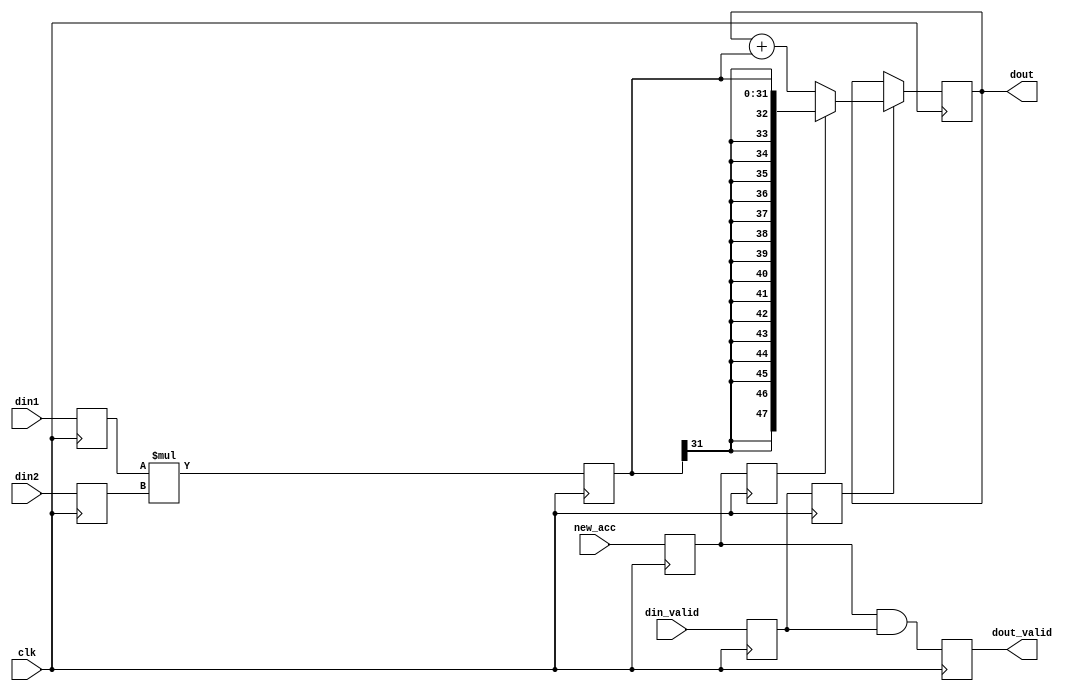
`default_nettype none

/*  25x18 two comp multiplier, could be 48 bit accumulator  

*/


module dsp48_macc #(
    parameter DIN1_WIDTH = 16,
    parameter DIN2_WIDTH = 16,
    parameter DOUT_WIDTH = 48
)(
    input wire clk,
    input wire new_acc,

    input wire signed [DIN1_WIDTH-1:0] din1,
    input wire signed [DIN2_WIDTH-1:0] din2,
    input wire din_valid,

    output wire signed [DOUT_WIDTH-1:0] dout,
    output wire dout_valid
);

reg signed [DIN1_WIDTH-1:0]  pre_mult1=0;
reg signed [DIN2_WIDTH-1:0]  pre_mult2=0;
reg din_valid_r=0, new_acc_r=0;
always@(posedge clk)begin
    din_valid_r <= din_valid;
    pre_mult1 <= din1;
    pre_mult2 <= din2;
    new_acc_r <= new_acc;
end

//mult 
parameter MULT_WIDTH = DIN1_WIDTH+DIN2_WIDTH;
reg signed [MULT_WIDTH-1:0] mult=0;
reg mult_valid=0, new_acc_rr=0;
always@(posedge clk)begin
    mult <= $signed(pre_mult1)*$signed(pre_mult2);
    mult_valid <= din_valid_r;
    new_acc_rr<= new_acc_r;
end

//accumulator
//saturate??
reg signed [DOUT_WIDTH-1:0] acc=0;
always@(posedge clk)begin
    if(mult_valid)begin
        if(new_acc_rr)
            acc <= $signed(mult);
        else
            acc <= $signed(acc)+$signed(mult);
    end
end

reg dout_valid_r=0;
always@(posedge clk)
    dout_valid_r <= new_acc_r & din_valid_r;

assign dout_valid = dout_valid_r;
assign dout = acc;




endmodule